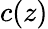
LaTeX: c(z)